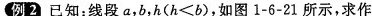
例2已知：线段a，b，h($$h < b$$)，如图1-6-21所示，求作